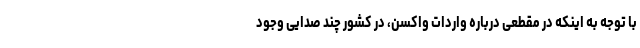
با توجه به اینکه در مقطعی درباره واردات واکسن، در کشور چند صدایی وجود